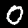
Label: 0